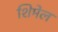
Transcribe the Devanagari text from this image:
शिमेल